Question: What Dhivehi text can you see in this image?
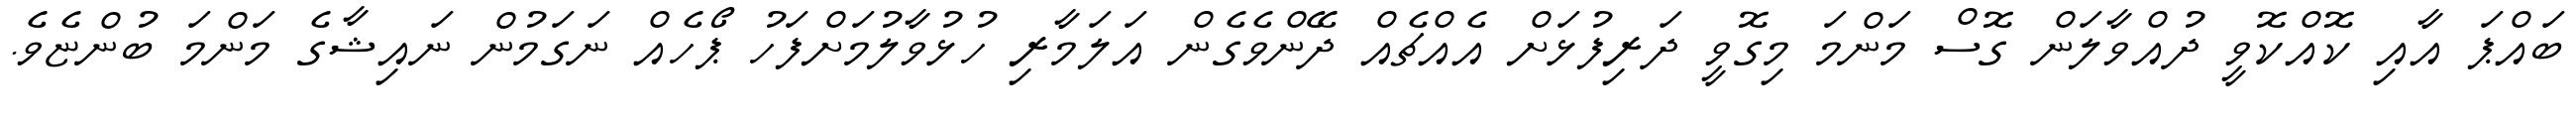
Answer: ބައްޕަ އާއި ކޮއްކޮވީ ދުއްވާލަން ގޮސް މަންމަ މިގޮވީ ދަރިފުޅަށް އެއްޗެއް ދޭންވެގެން އަލަމާރި ހުޅުވާލުމަށްފަހު ޕޯހެއް ނަގަމުން ނައިޝާގެ މަންމަ ބުންޏެވެ.